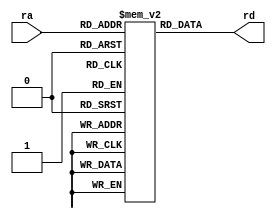
`timescale 1ns/1ns

/*
	holds preloaded program, is addressed by the program counter
*/

module inst_mem_64x32(ra, rd);
	input [5:0] ra;
	output [31:0] rd;

	reg [31:0] memory [0:63];

	assign rd = memory[ra];

	integer i;

endmodule